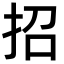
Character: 招